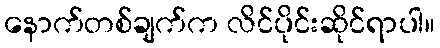
နောက်တစ်ချက်က လိင်ပိုင်းဆိုင်ရာပါ။